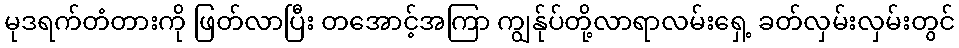
မုဒရက်တံတားကို ဖြတ်လာပြီး တအောင့်အကြာ ကျွန်ုပ်တို့လာရာလမ်းရှေ့ ခတ်လှမ်းလှမ်းတွင်